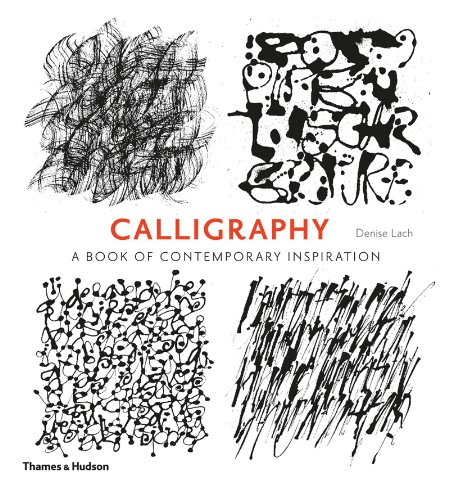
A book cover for Calligraphy: A Book of Contemporary Inspiration; Denise Lach; Arts & Photography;